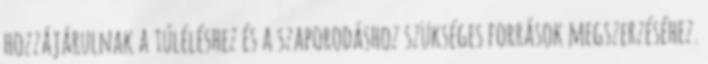
hozzájárulnak a túléléshez és a szaporodáshoz szükséges források megszerzéséhez.